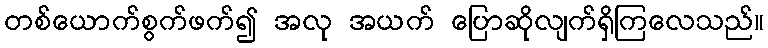
တစ်ယောက်စွက်ဖက်၍ အလု အယက် ပြောဆိုလျက်ရှိကြလေသည်။